NAE_kihelkonnakohtute_kirjad_ja_protokollid_1869-1889, lk 2
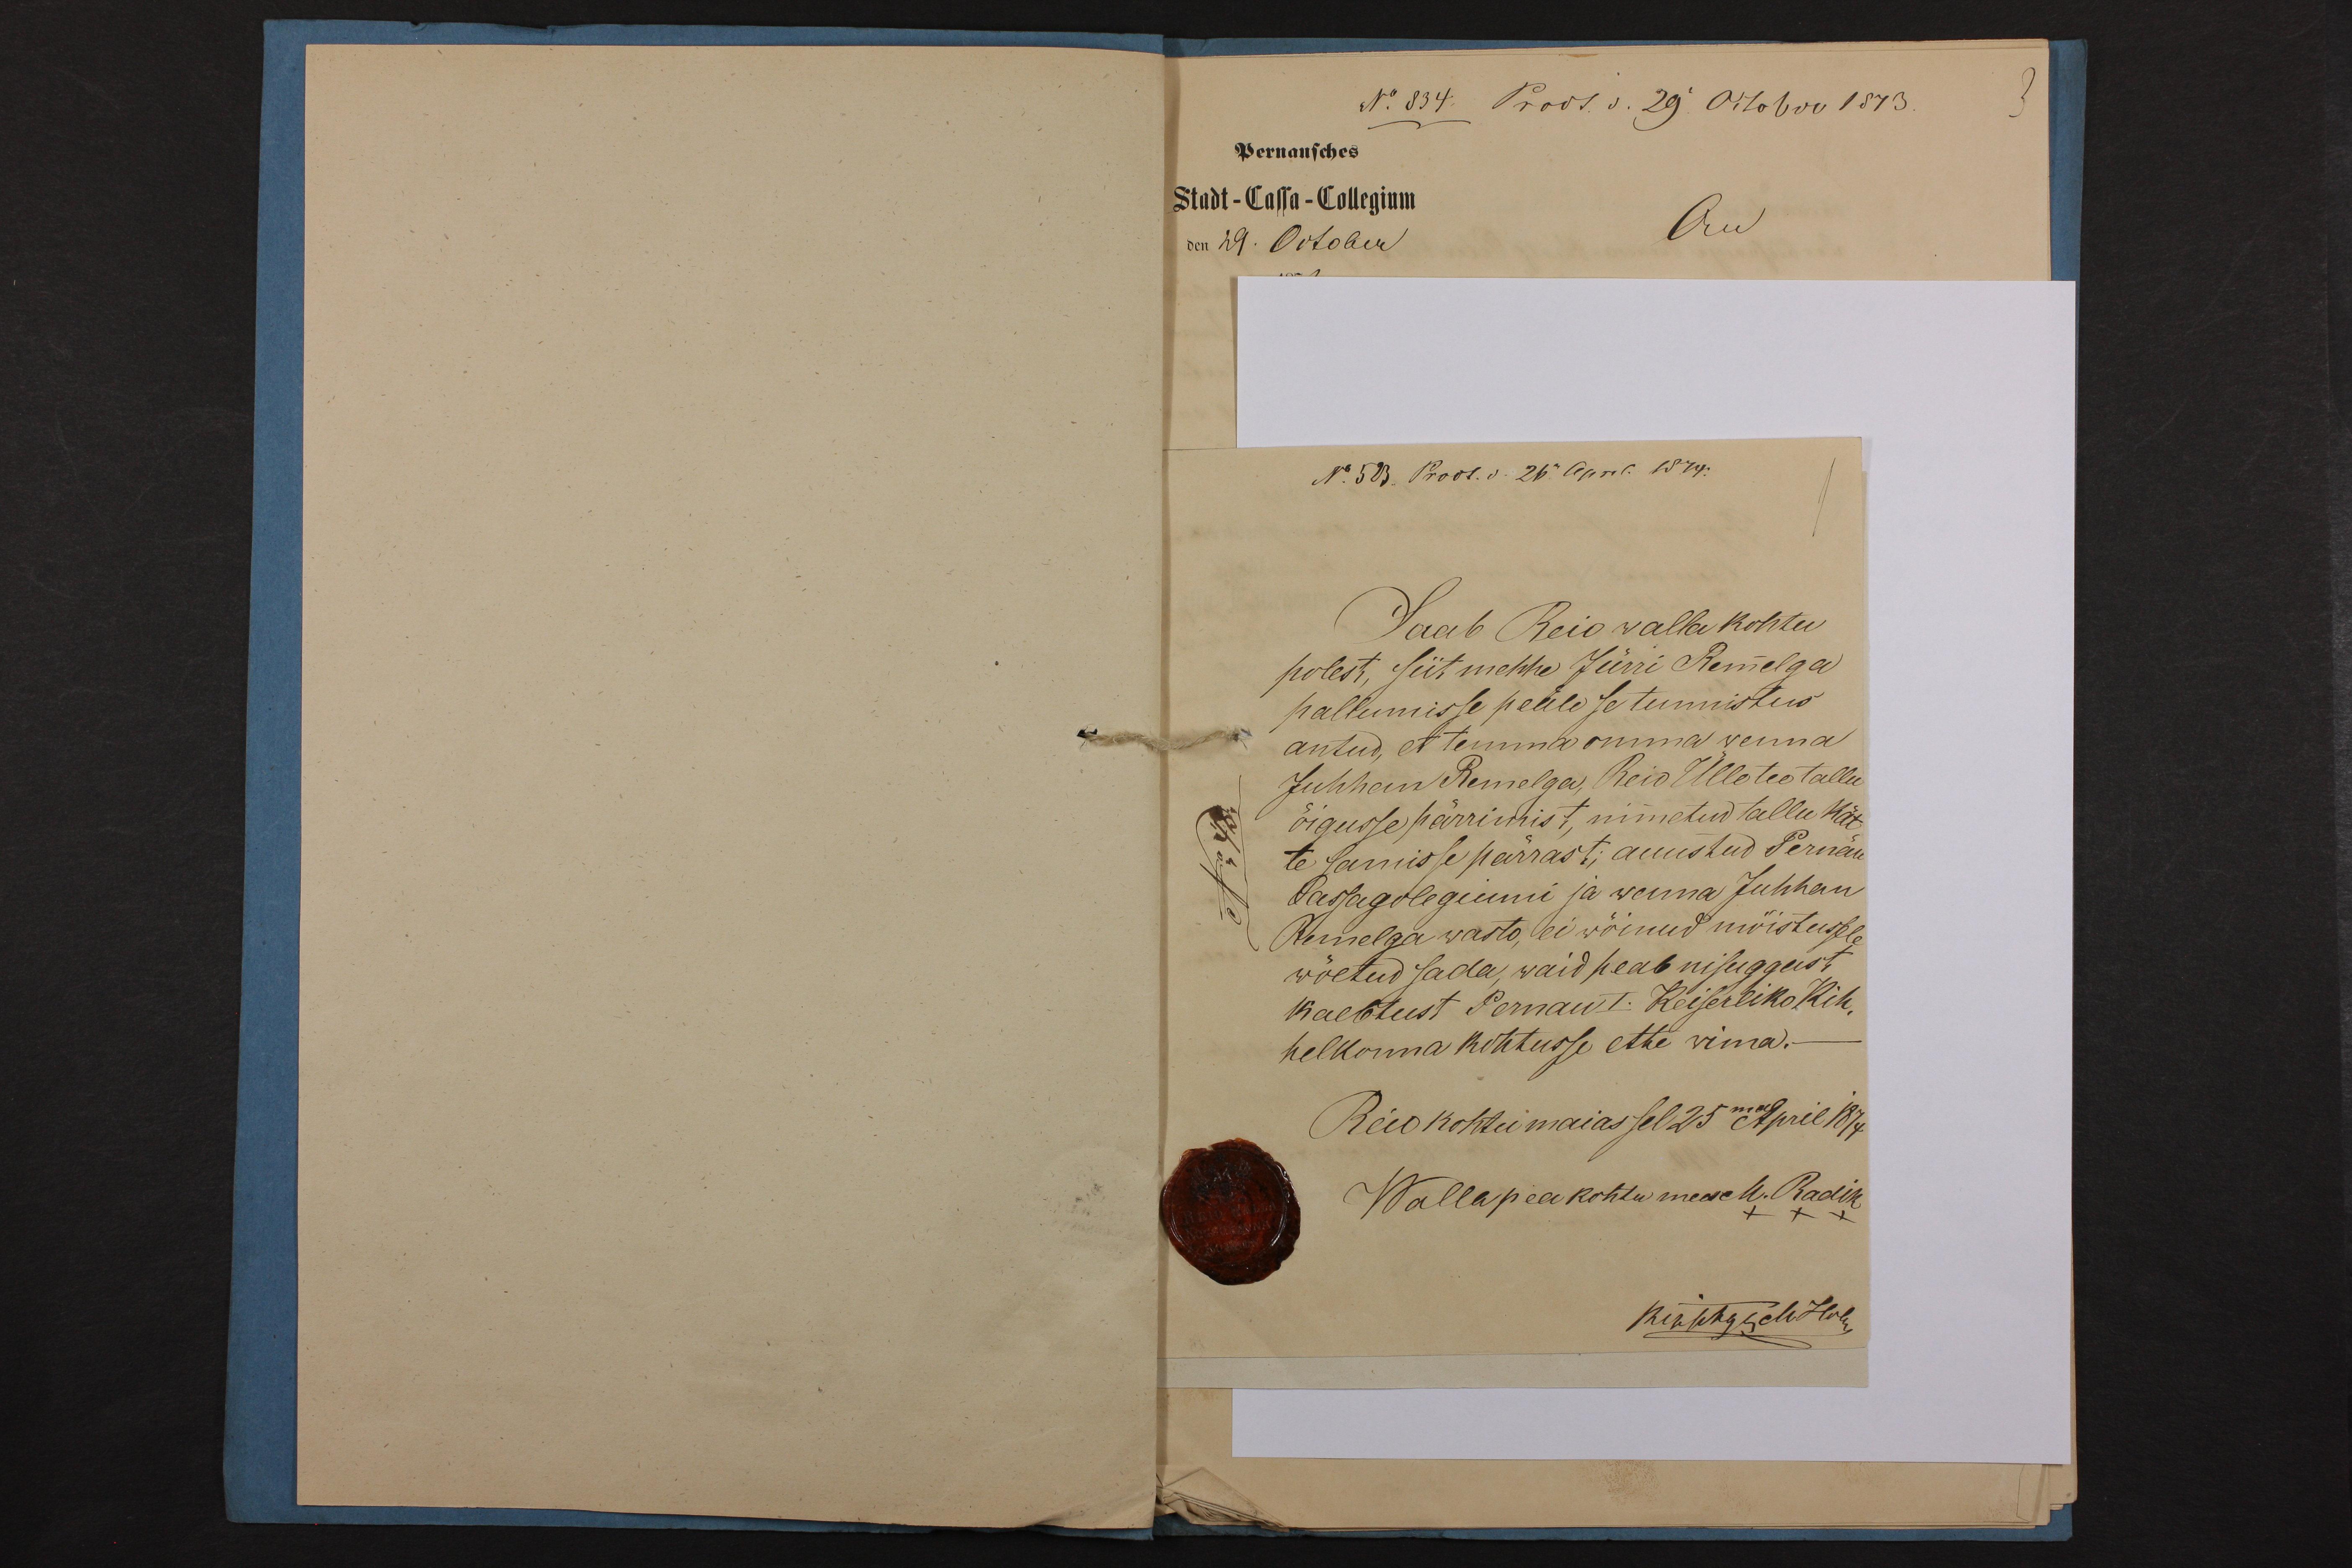
Saab Reio walla kohtu
polest, Siit mehhe Jürri Remelga
pallumisse pelele se tunnistus
antud, et temma omma wenna
Juhhan Remelga, Reio Ülloteo tallu
õigusse pärrimist nimetud tallu kät-
te samisse pärrast; auustud Pernau
Cassagolegiumi ja wenna Juhhan
Remelga wasto ei wõinud mõistussele
wõetud sada, waid peab nisuggust
kaebtust Penau I. Keiserliko Kih-
helkonna kohtusse ette wima.
Reio kohtu maias sel 25mal April 1874